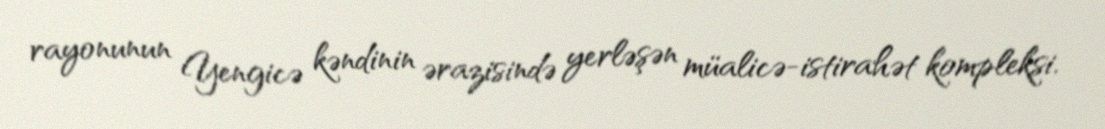
rayonunun Yengicə kəndinin ərazisində yerləşən müalicə-istirahət kompleksi.